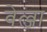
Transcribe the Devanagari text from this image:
वेल्जा